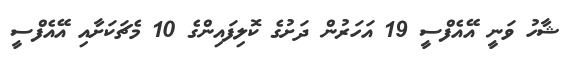
ޝާހު ވަނީ އޭއެފްސީ 19 އަހަރުން ދަށުގެ ކޮލިފައިންގެ 10 މެޗަކަށާއި އޭއެފްސީ